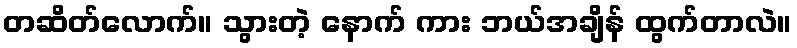
တဆိတ်လောက်။ သွားတဲ့ နောက် ကား ဘယ်အချိန် ထွက်တာလဲ။